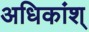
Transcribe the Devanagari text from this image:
अधिकांश्